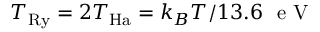
T _ { \mathrm { R y } } = 2 T _ { \mathrm { H a } } = k _ { B } T / 1 3 . 6 ~ \textrm { e V }